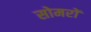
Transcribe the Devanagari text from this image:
सोमरों